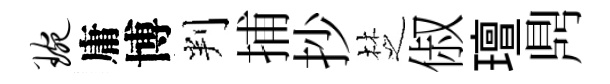
琬庸博判捕抄椘俶璮𪔂